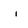
Character: i